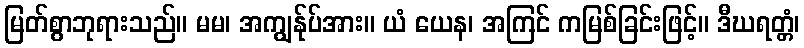
မြတ်စွာဘုရားသည်။ မမ၊ အကျွန်ုပ်အား။ ယံ ယေန၊ အကြင် ကမြစ်ခြင်းဖြင့်။ ဒီဃရတ္တံ၊